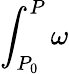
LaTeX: \int_{P_{0}}^{P}\omega